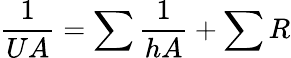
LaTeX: {\frac{1}{UA}}=\sum{\frac{1}{hA}}+\sum R